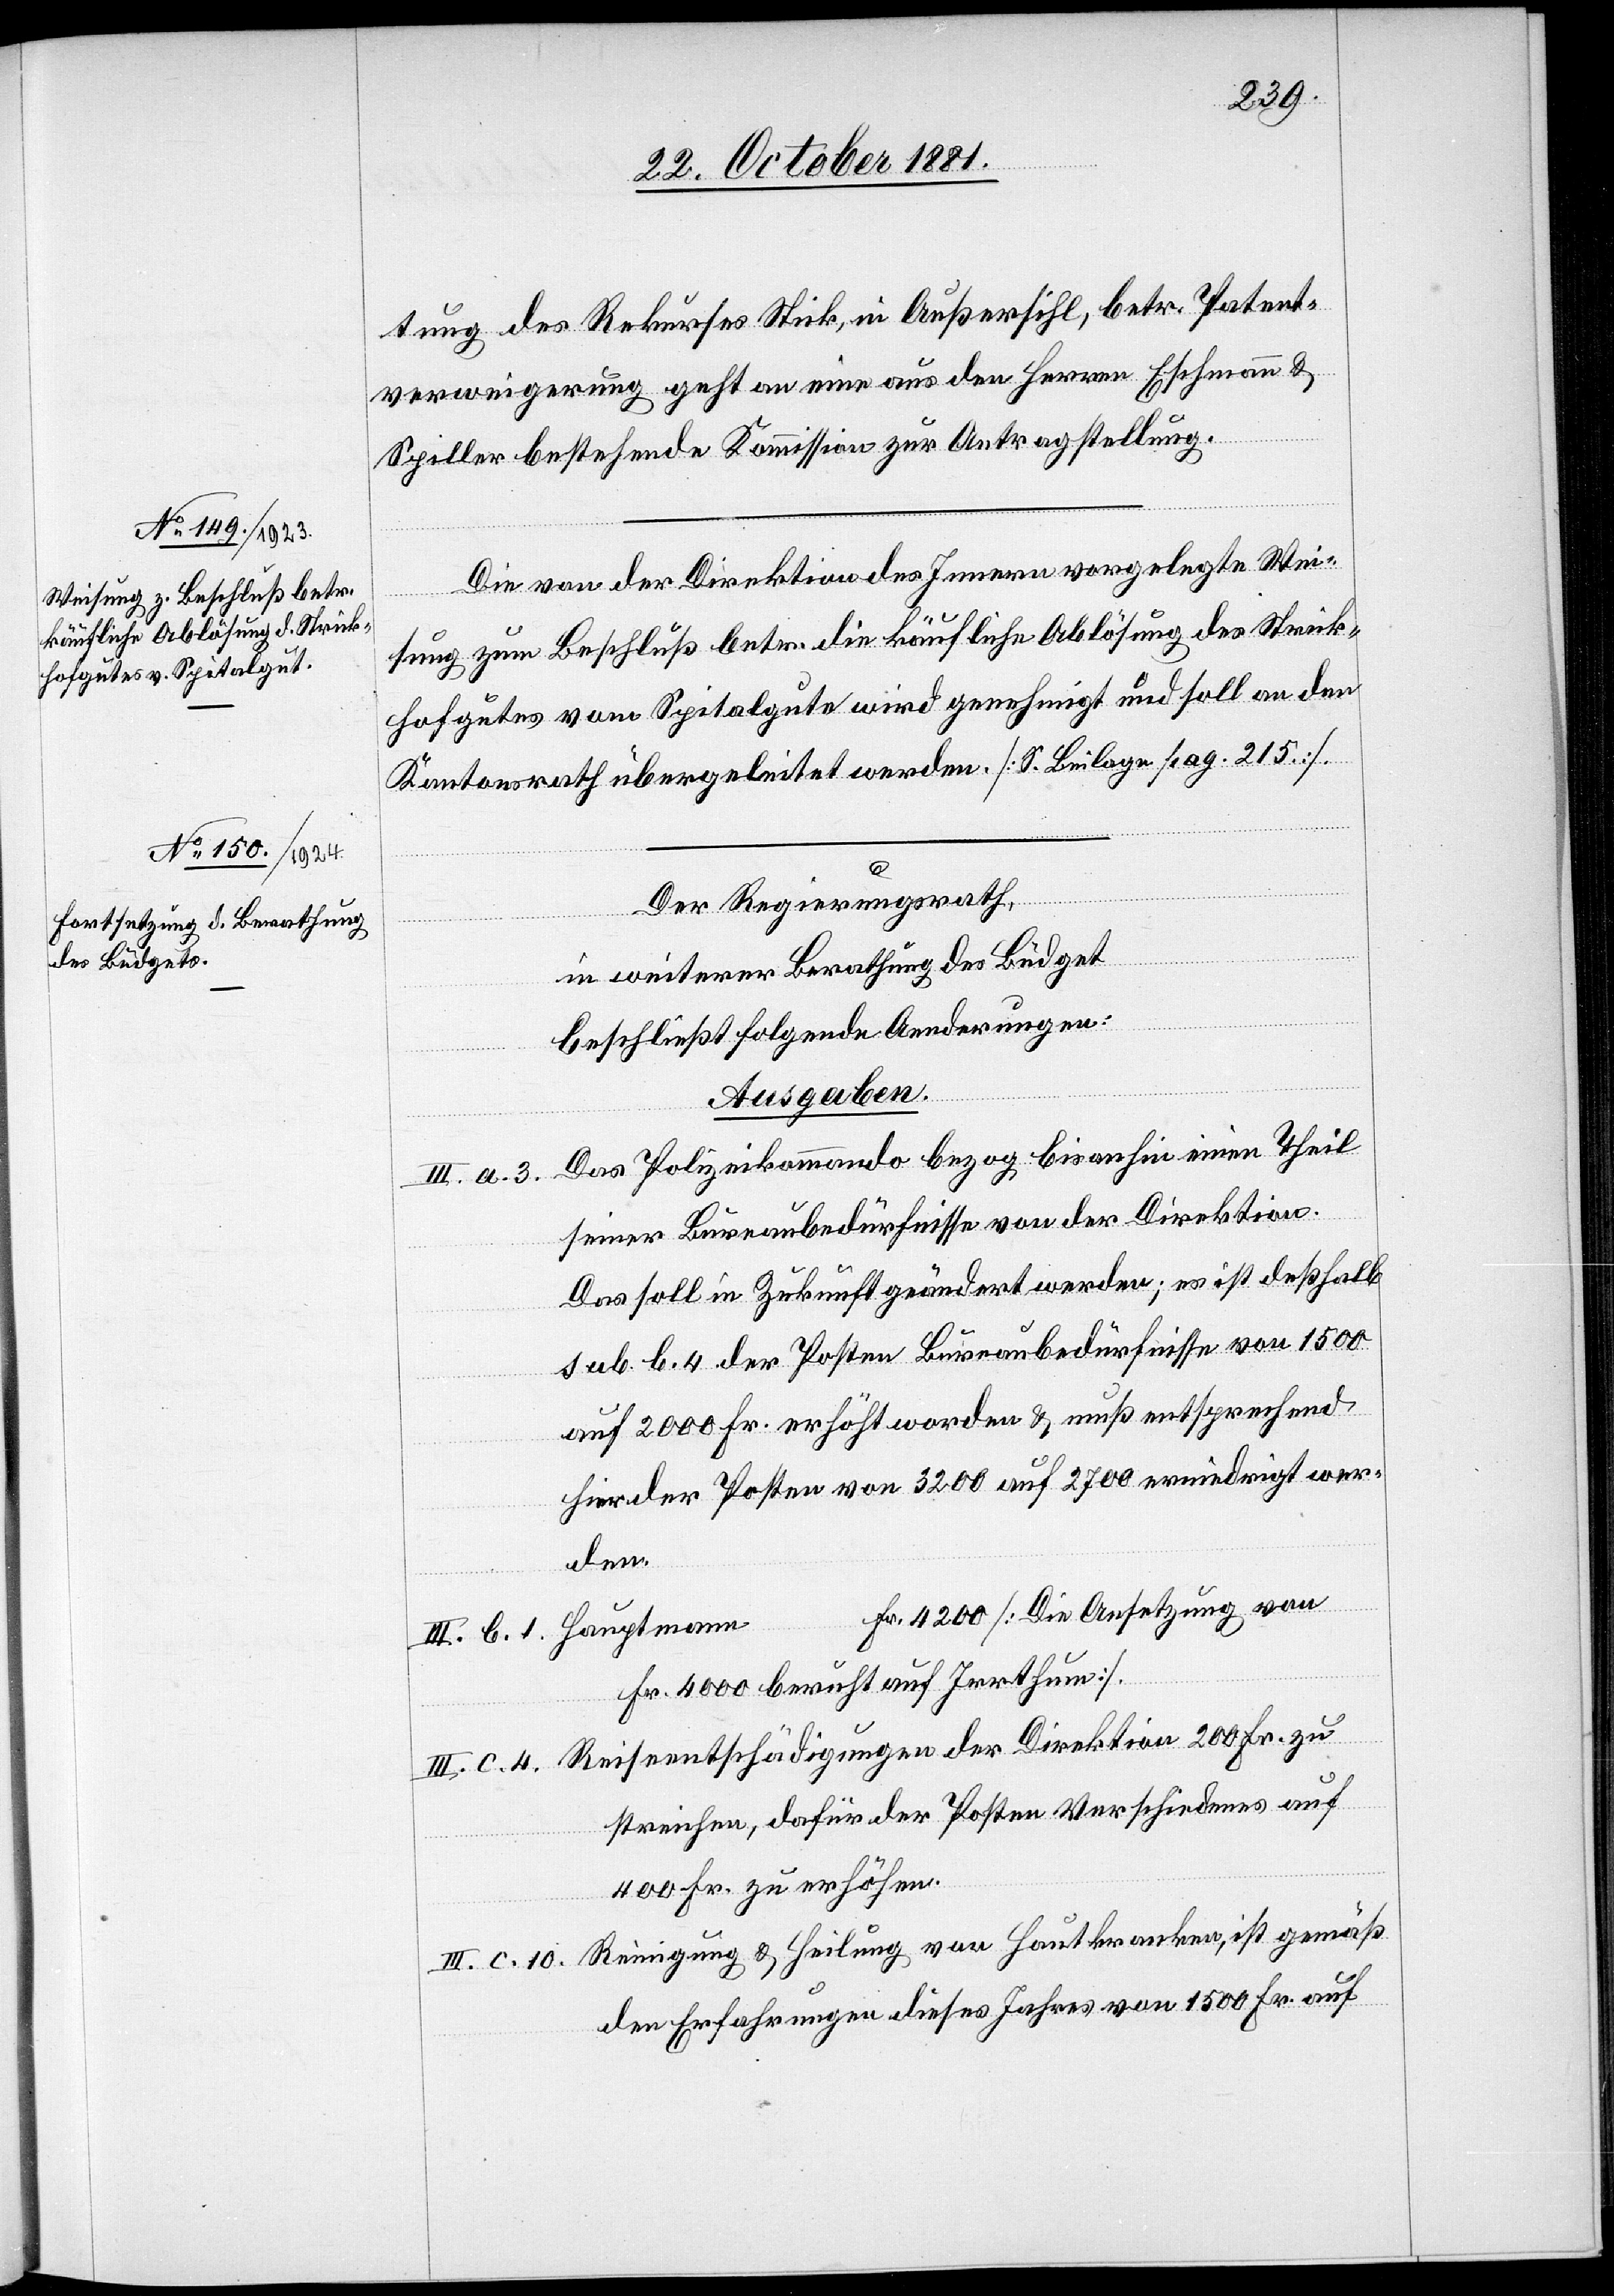
tung des Rekurses Stick, in Außersihl, betr. Patent¬
verweigerung geht an eine aus den Herren Eschmann &
Spiller bestehende Kommission zur Antragstellung.
Die von der Direktion des Innern vorgelegte Wei¬
und
sung zum Beschluß betr. die käufliche Ablösung des Strick¬
hofgutes vom Spitalgute wird genehmigt und soll an den
Kantonsrath übergeleitet werden. [S. Beilage pag. 215].
Der Regierungsrath,
in weiterer Berathung des Büdget
beschließt folgende Aenderungen:
Ausgaben.
Das Polizeikommando bezog bis anhin einen Theil
III. a. 3.
seiner Bureaubedürfnisse von der Direktion.
Das soll in Zukunft geändert werden; es ist deßhalb
sub. b. 4 der Posten Bureaubedürfnisse von 1500
auf 2000 Fr. erhöht worden & muß entsprechend
hier der Posten von 3200 auf 2700 erniedrigt wer¬
den.
Fr. 4200 [Die Ansetzung von
Hauptmann
III. b. 1.
Fr. 4000 beruht auf Irrthum].
II. c. 4. Reiseentschädigungen der Direktion 200 Fr. zu
streichen, dafür der Posten Verschiedenes auf
400 Fr. zu erhöhen.
III. c. 10. Reinigung & Heilung von Hautkranken, ist gemäß
den Erfahrungen dieses Jahres von 1500 Fr. auf